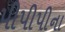
પીપીપીના